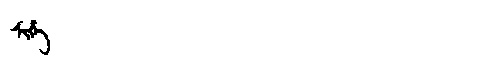
Manchu: ᠰᡳᡥᡝ
Romanization: SIHE